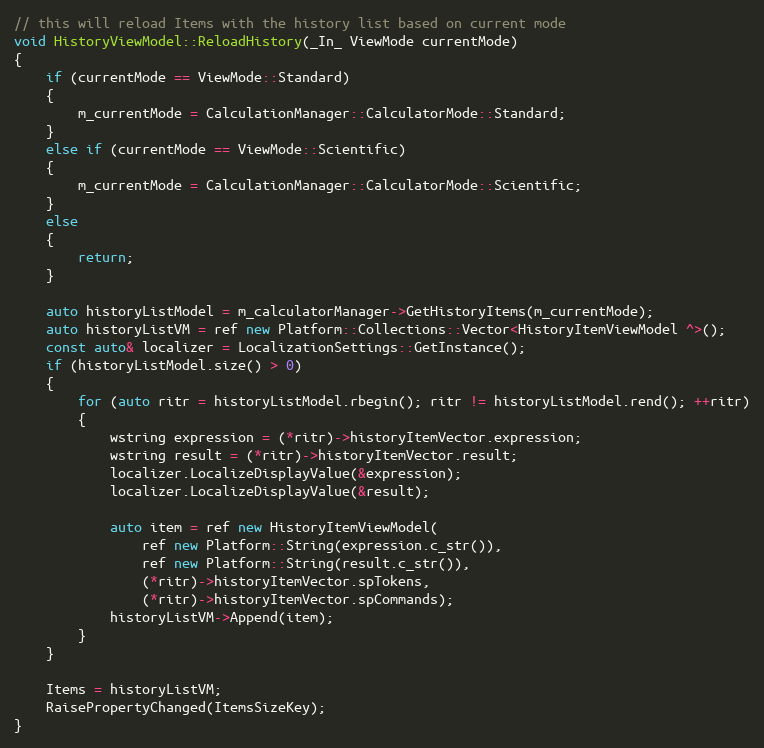
Language: C++
// this will reload Items with the history list based on current mode
void HistoryViewModel::ReloadHistory(_In_ ViewMode currentMode)
{
    if (currentMode == ViewMode::Standard)
    {
        m_currentMode = CalculationManager::CalculatorMode::Standard;
    }
    else if (currentMode == ViewMode::Scientific)
    {
        m_currentMode = CalculationManager::CalculatorMode::Scientific;
    }
    else
    {
        return;
    }

    auto historyListModel = m_calculatorManager->GetHistoryItems(m_currentMode);
    auto historyListVM = ref new Platform::Collections::Vector<HistoryItemViewModel ^>();
    const auto& localizer = LocalizationSettings::GetInstance();
    if (historyListModel.size() > 0)
    {
        for (auto ritr = historyListModel.rbegin(); ritr != historyListModel.rend(); ++ritr)
        {
            wstring expression = (*ritr)->historyItemVector.expression;
            wstring result = (*ritr)->historyItemVector.result;
            localizer.LocalizeDisplayValue(&expression);
            localizer.LocalizeDisplayValue(&result);

            auto item = ref new HistoryItemViewModel(
                ref new Platform::String(expression.c_str()),
                ref new Platform::String(result.c_str()),
                (*ritr)->historyItemVector.spTokens,
                (*ritr)->historyItemVector.spCommands);
            historyListVM->Append(item);
        }
    }

    Items = historyListVM;
    RaisePropertyChanged(ItemsSizeKey);
}